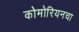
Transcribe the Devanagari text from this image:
कोमोरियनचा